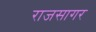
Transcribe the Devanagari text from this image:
राजसागर